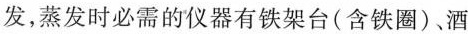
发，蒸发时必需的仪器有铁架台(含铁圈)，酒